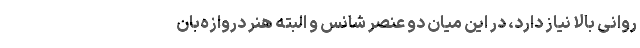
روانی بالا نیاز دارد، در این میان دو عنصر شانس و البته هنر دروازه‌بان